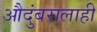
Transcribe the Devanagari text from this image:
औदुंबरालाही